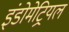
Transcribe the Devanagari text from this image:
इंडोमेट्रियल